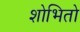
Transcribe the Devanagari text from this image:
शोभितो